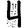
Digit: 4